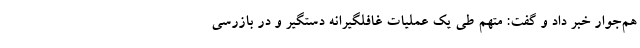
هم‌جوار خبر داد و گفت: متهم طی یک عملیات غافلگیرانه دستگیر و در بازرسی